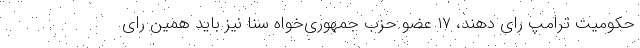
حکومیت ترامپ رای دهند، ۱۷ عضو حزب جمهوری‌خواه سنا نیز باید همین رای